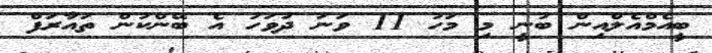
ބީއެމްއެލްއިން ބުނީ މި މަހު 11 ވަނަ ދުވަހު އެ ބޭންކުން ތައާރަފް